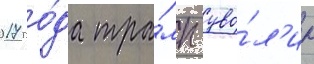
2017 го́да тра́мп уво́л'ил